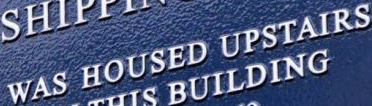
WAS HOUSED UPSTAIRS